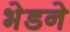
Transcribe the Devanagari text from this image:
भेडने